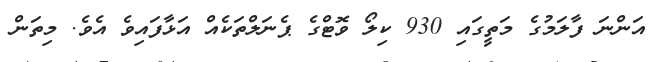
އަންނަ ފާލަމުގެ މަތީގައި 930 ކިލޯ ވޮޓްގެ ޕެނަލްތަކެއް އަޅާފައިވެ އެވެ. މިތަން